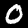
Digit: 0